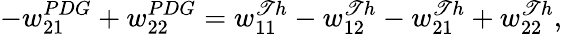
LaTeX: -w_{21}^{PDG}+w_{22}^{PDG}=w_{11}^{\mathscr{T}h}-w_{12}^{\mathscr{T}h}-w_{21}^{\mathscr{T}h}+w_{22}^{\mathscr{T}h},